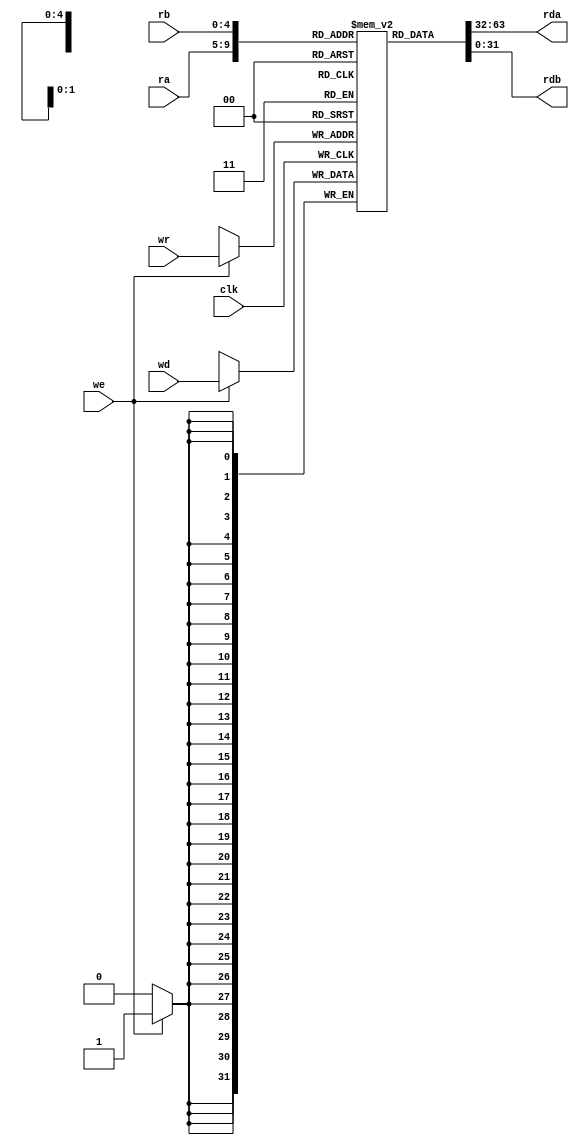

`timescale 1ns / 1ps

module register_file(ra, rb, wr, wd, we, clk, rda, rdb);
	
	input [4:0] ra, rb, wr;
	input [31:0] wd;
	input we, clk;
	output  [31:0] rda, rdb;
	
	reg [31:0] reg_file [31:0];
	
	always @(posedge clk) begin
		if (we == 1) begin
			reg_file[wr] <= wd;
		end
		/*
		rda <= reg_file[ra];
		rdb <= reg_file[rb];
		*/	
	end
	
	assign rda = reg_file[ra];
	assign rdb = reg_file[rb];
		
	initial begin
		reg_file[0] <= 32'hf0f0f0f0;
		reg_file[1] <= 32'hf0f0f0f0;
		reg_file[2] <= 32'h00000014;
		reg_file[3] <= 32'h00000003;
	end

endmodule